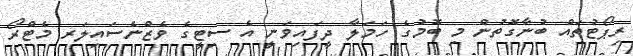
ރިޕޯޓުތައް ބުނާގޮތުން މި ބޮމުގެ ހަމަލާ ދީފައިވަނީ އެ ސިޓީގެ ވެޒްނެސައިލަރ މެޓްރޯ